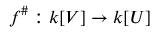
f ^ { \# } : k [ V ] \to k [ U ]